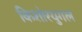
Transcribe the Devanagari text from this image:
किशोरयुगल